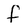
Character: f